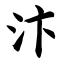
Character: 汴